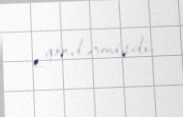
göndərmişdi.